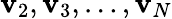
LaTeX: \mathbf{v}_{2},\mathbf{v}_{3},\dots,\mathbf{v}_{N}